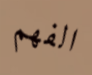
الفهم